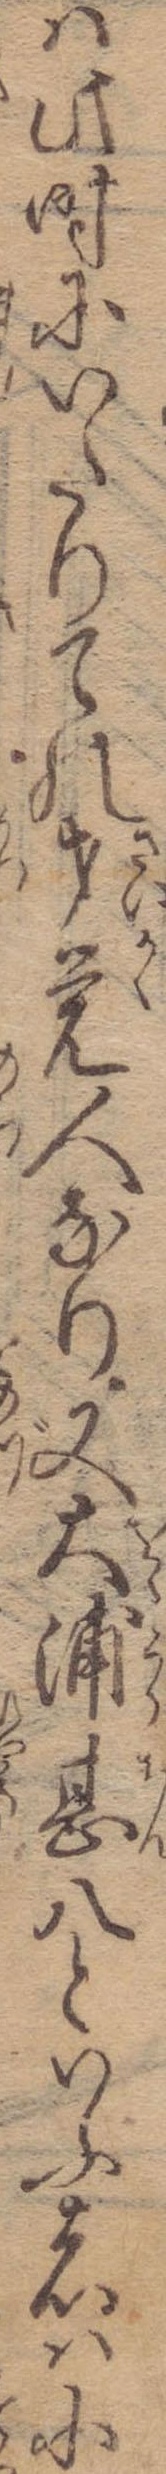
は此時にいたりての才覚人なり又大浦甚八といふ者は小